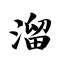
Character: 溜